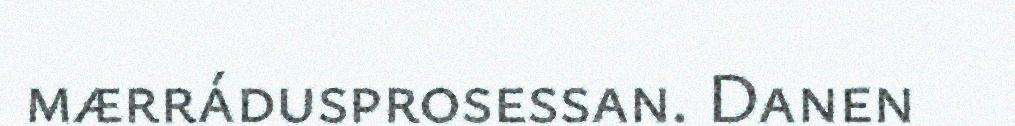
mærrádusprosessan. Danen